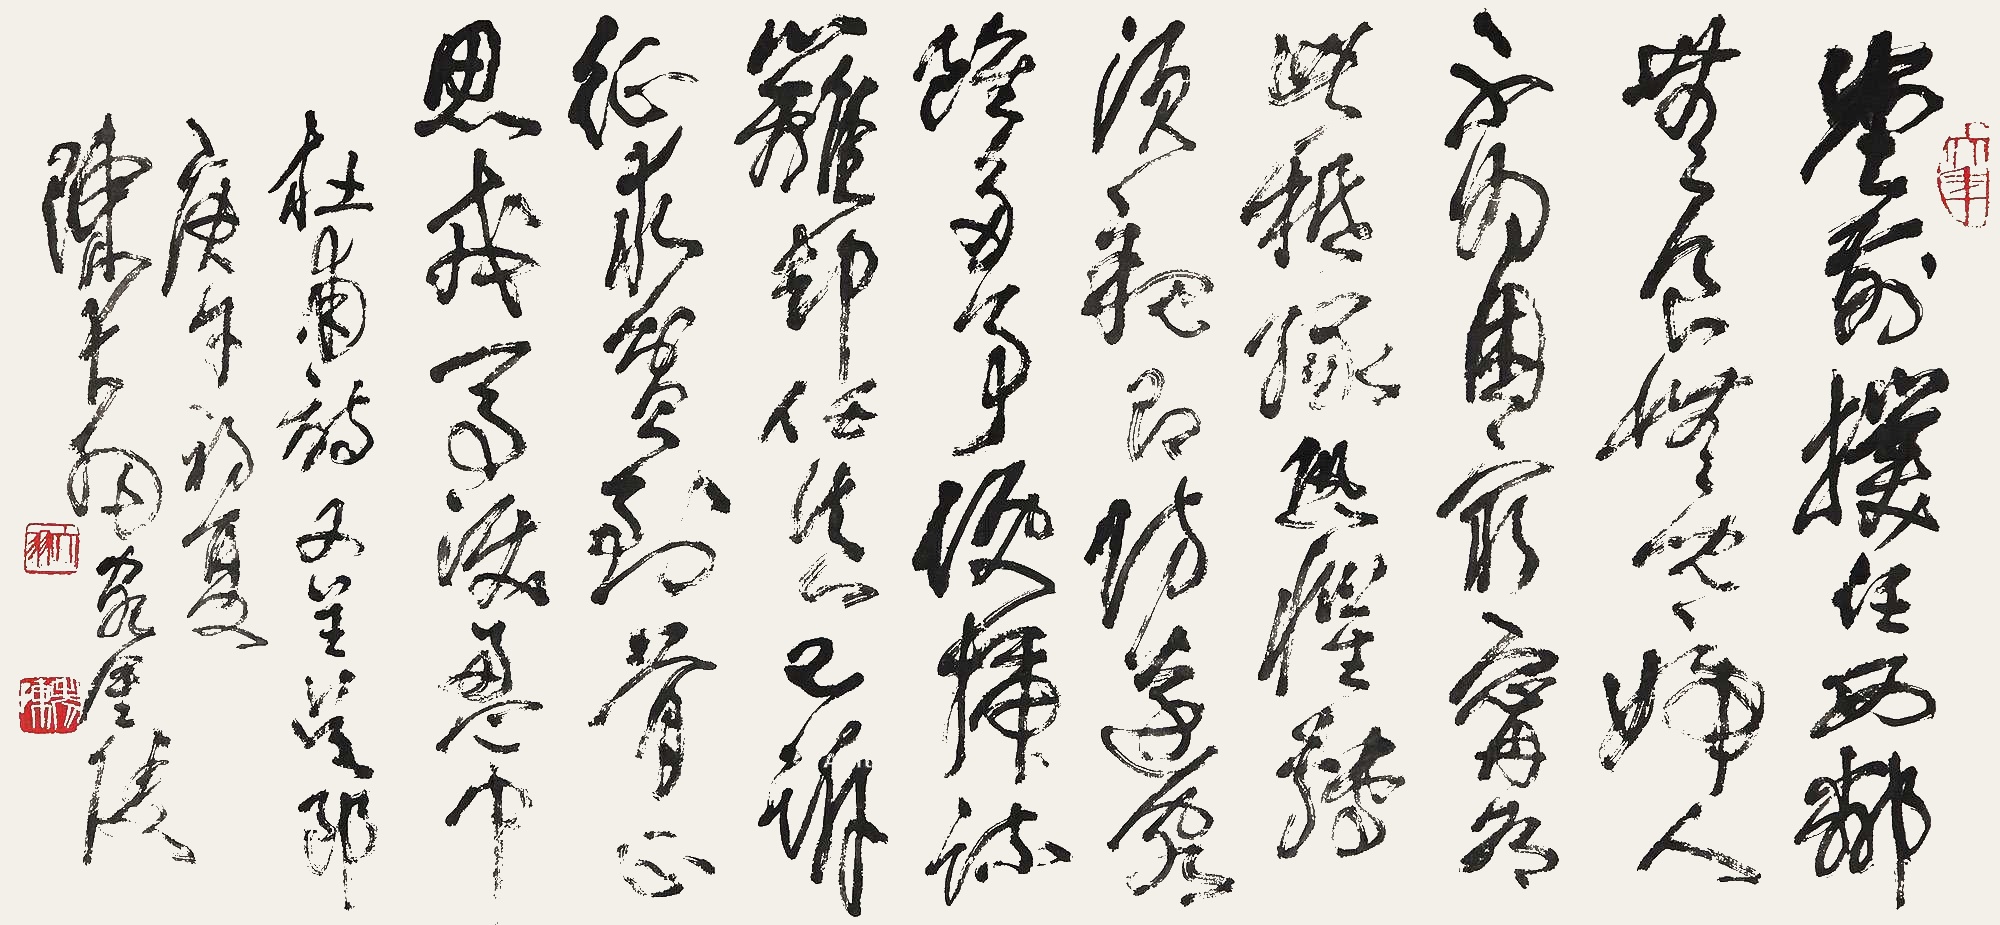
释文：堂前扑（枣）任西邻，无食无儿一妇人。不为困穷宁有此？只缘恐惧转须亲。即防远客虽多事，便插疏篱却任真。已诉征求贫到骨，正思戎马泪盈巾。杜甫诗《又呈吴郎》。庚午初夏，陈大羽客金陵。